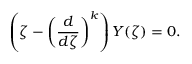
\left( \zeta - \left( \frac { d } { d \zeta } \right) ^ { k } \right) Y ( \zeta ) = 0 .